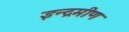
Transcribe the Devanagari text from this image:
इन्द्रमीण